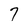
Character: 7